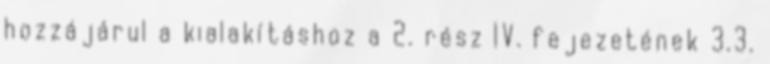
hozzájárul a kialakításhoz a 2. rész IV. fejezetének 3.3.